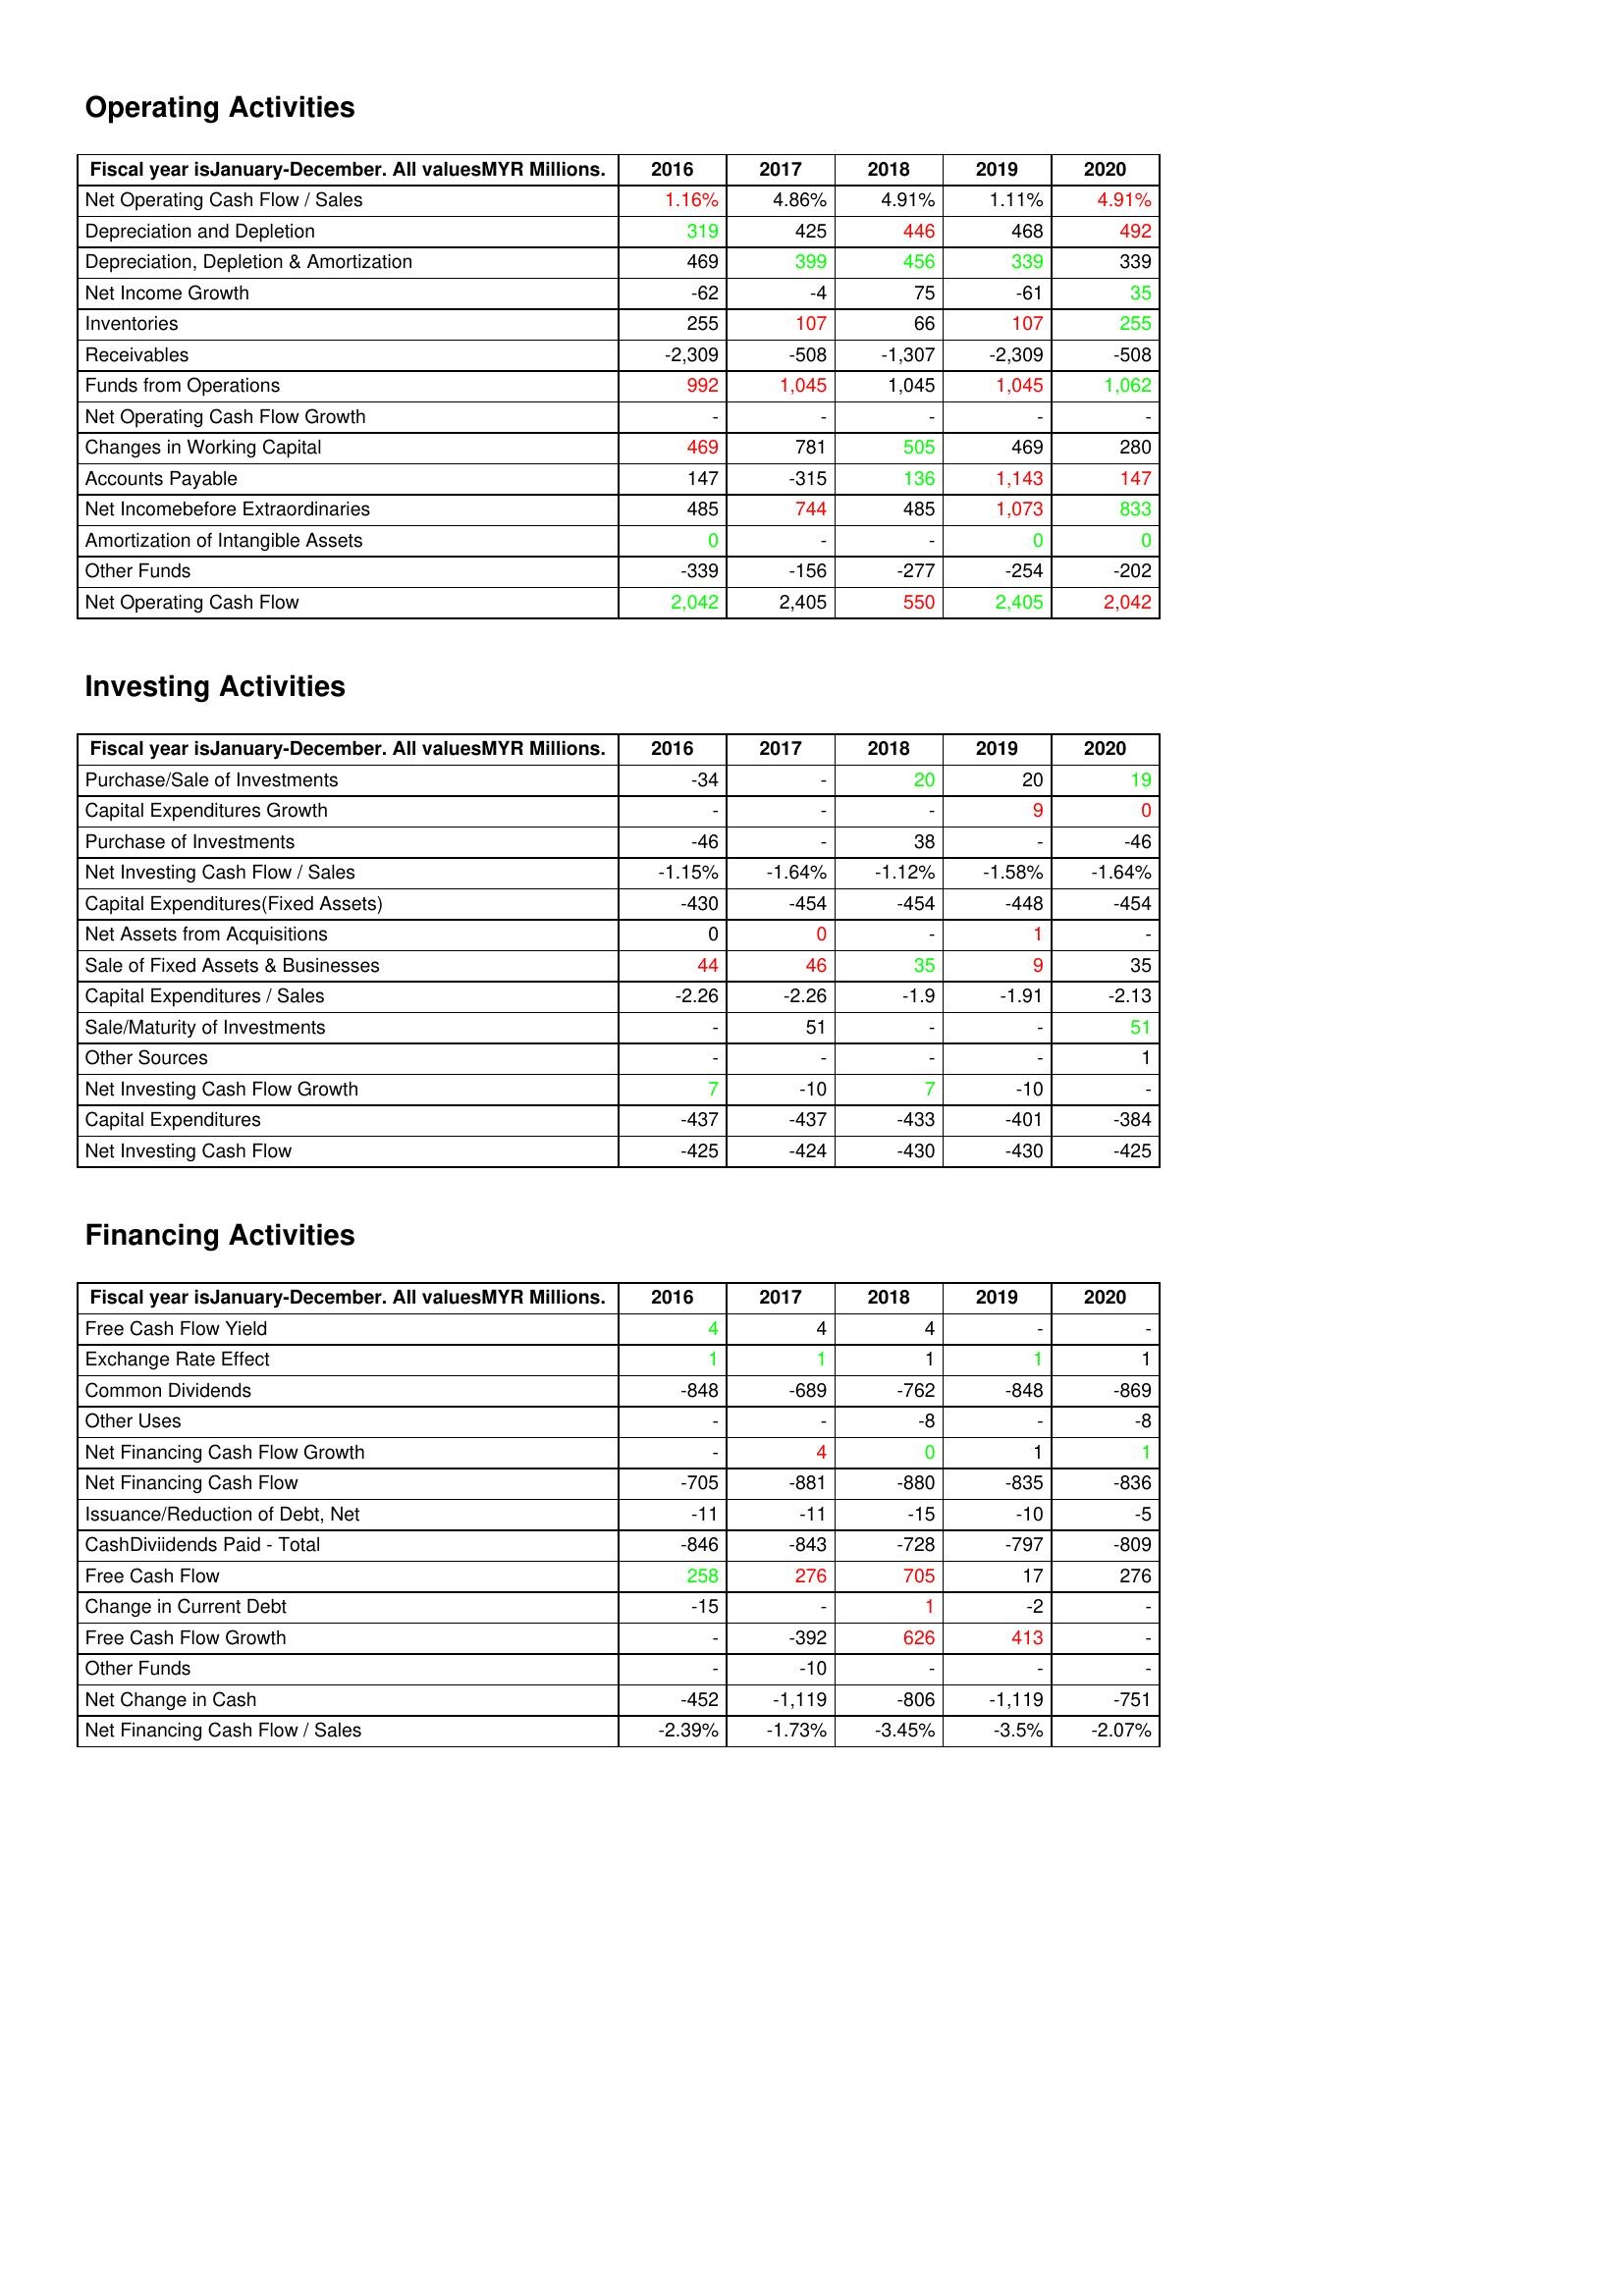
gt_parse: 2016: Operating Activities: Net Operating Cash Flow / Sales: 1.16%
Depreciation and Depletion: 319
Depreciation, Depletion & Amortization: 469
Net Income Growth: -62
Inventories: 255
Receivables: -2,309
Funds from Operations: 992
Net Operating Cash Flow Growth: -
Changes in Working Capital: 469
Accounts Payable: 147
Net Incomebefore Extraordinaries: 485
Amortization of Intangible Assets: 0
Other Funds: -339
Net Operating Cash Flow: 2,042
Investing Activities: Purchase/Sale of Investments: -34
Capital Expenditures Growth: -
Purchase of Investments: -46
Net Investing Cash Flow / Sales: -1.15%
Capital Expenditures(Fixed Assets): -430
Net Assets from Acquisitions: 0
Sale of Fixed Assets & Businesses: 44
Capital Expenditures / Sales: -2.26
Sale/Maturity of Investments: -
Other Sources: -
Net Investing Cash Flow Growth: 7
Capital Expenditures: -437
Net Investing Cash Flow: -425
Financing Activities: Free Cash Flow Yield: 4
Exchange Rate Effect: 1
Common Dividends: -848
Other Uses: -
Net Financing Cash Flow Growth: -
Net Financing Cash Flow: -705
Issuance/Reduction of Debt, Net: -11
CashDiviidends Paid - Total: -846
Free Cash Flow: 258
Change in Current Debt: -15
Free Cash Flow Growth: -
Other Funds: -
Net Change in Cash: -452
Net Financing Cash Flow / Sales: -2.39%
2017: Operating Activities: Net Operating Cash Flow / Sales: 4.86%
Depreciation and Depletion: 425
Depreciation, Depletion & Amortization: 399
Net Income Growth: -4
Inventories: 107
Receivables: -508
Funds from Operations: 1,045
Net Operating Cash Flow Growth: -
Changes in Working Capital: 781
Accounts Payable: -315
Net Incomebefore Extraordinaries: 744
Amortization of Intangible Assets: -
Other Funds: -156
Net Operating Cash Flow: 2,405
Investing Activities: Purchase/Sale of Investments: -
Capital Expenditures Growth: -
Purchase of Investments: -
Net Investing Cash Flow / Sales: -1.64%
Capital Expenditures(Fixed Assets): -454
Net Assets from Acquisitions: 0
Sale of Fixed Assets & Businesses: 46
Capital Expenditures / Sales: -2.26
Sale/Maturity of Investments: 51
Other Sources: -
Net Investing Cash Flow Growth: -10
Capital Expenditures: -437
Net Investing Cash Flow: -424
Financing Activities: Free Cash Flow Yield: 4
Exchange Rate Effect: 1
Common Dividends: -689
Other Uses: -
Net Financing Cash Flow Growth: 4
Net Financing Cash Flow: -881
Issuance/Reduction of Debt, Net: -11
CashDiviidends Paid - Total: -843
Free Cash Flow: 276
Change in Current Debt: -
Free Cash Flow Growth: -392
Other Funds: -10
Net Change in Cash: -1,119
Net Financing Cash Flow / Sales: -1.73%
2018: Operating Activities: Net Operating Cash Flow / Sales: 4.91%
Depreciation and Depletion: 446
Depreciation, Depletion & Amortization: 456
Net Income Growth: 75
Inventories: 66
Receivables: -1,307
Funds from Operations: 1,045
Net Operating Cash Flow Growth: -
Changes in Working Capital: 505
Accounts Payable: 136
Net Incomebefore Extraordinaries: 485
Amortization of Intangible Assets: -
Other Funds: -277
Net Operating Cash Flow: 550
Investing Activities: Purchase/Sale of Investments: 20
Capital Expenditures Growth: -
Purchase of Investments: 38
Net Investing Cash Flow / Sales: -1.12%
Capital Expenditures(Fixed Assets): -454
Net Assets from Acquisitions: -
Sale of Fixed Assets & Businesses: 35
Capital Expenditures / Sales: -1.9
Sale/Maturity of Investments: -
Other Sources: -
Net Investing Cash Flow Growth: 7
Capital Expenditures: -433
Net Investing Cash Flow: -430
Financing Activities: Free Cash Flow Yield: 4
Exchange Rate Effect: 1
Common Dividends: -762
Other Uses: -8
Net Financing Cash Flow Growth: 0
Net Financing Cash Flow: -880
Issuance/Reduction of Debt, Net: -15
CashDiviidends Paid - Total: -728
Free Cash Flow: 705
Change in Current Debt: 1
Free Cash Flow Growth: 626
Other Funds: -
Net Change in Cash: -806
Net Financing Cash Flow / Sales: -3.45%
2019: Operating Activities: Net Operating Cash Flow / Sales: 1.11%
Depreciation and Depletion: 468
Depreciation, Depletion & Amortization: 339
Net Income Growth: -61
Inventories: 107
Receivables: -2,309
Funds from Operations: 1,045
Net Operating Cash Flow Growth: -
Changes in Working Capital: 469
Accounts Payable: 1,143
Net Incomebefore Extraordinaries: 1,073
Amortization of Intangible Assets: 0
Other Funds: -254
Net Operating Cash Flow: 2,405
Investing Activities: Purchase/Sale of Investments: 20
Capital Expenditures Growth: 9
Purchase of Investments: -
Net Investing Cash Flow / Sales: -1.58%
Capital Expenditures(Fixed Assets): -448
Net Assets from Acquisitions: 1
Sale of Fixed Assets & Businesses: 9
Capital Expenditures / Sales: -1.91
Sale/Maturity of Investments: -
Other Sources: -
Net Investing Cash Flow Growth: -10
Capital Expenditures: -401
Net Investing Cash Flow: -430
Financing Activities: Free Cash Flow Yield: -
Exchange Rate Effect: 1
Common Dividends: -848
Other Uses: -
Net Financing Cash Flow Growth: 1
Net Financing Cash Flow: -835
Issuance/Reduction of Debt, Net: -10
CashDiviidends Paid - Total: -797
Free Cash Flow: 17
Change in Current Debt: -2
Free Cash Flow Growth: 413
Other Funds: -
Net Change in Cash: -1,119
Net Financing Cash Flow / Sales: -3.5%
2020: Operating Activities: Net Operating Cash Flow / Sales: 4.91%
Depreciation and Depletion: 492
Depreciation, Depletion & Amortization: 339
Net Income Growth: 35
Inventories: 255
Receivables: -508
Funds from Operations: 1,062
Net Operating Cash Flow Growth: -
Changes in Working Capital: 280
Accounts Payable: 147
Net Incomebefore Extraordinaries: 833
Amortization of Intangible Assets: 0
Other Funds: -202
Net Operating Cash Flow: 2,042
Investing Activities: Purchase/Sale of Investments: 19
Capital Expenditures Growth: 0
Purchase of Investments: -46
Net Investing Cash Flow / Sales: -1.64%
Capital Expenditures(Fixed Assets): -454
Net Assets from Acquisitions: -
Sale of Fixed Assets & Businesses: 35
Capital Expenditures / Sales: -2.13
Sale/Maturity of Investments: 51
Other Sources: 1
Net Investing Cash Flow Growth: -
Capital Expenditures: -384
Net Investing Cash Flow: -425
Financing Activities: Free Cash Flow Yield: -
Exchange Rate Effect: 1
Common Dividends: -869
Other Uses: -8
Net Financing Cash Flow Growth: 1
Net Financing Cash Flow: -836
Issuance/Reduction of Debt, Net: -5
CashDiviidends Paid - Total: -809
Free Cash Flow: 276
Change in Current Debt: -
Free Cash Flow Growth: -
Other Funds: -
Net Change in Cash: -751
Net Financing Cash Flow / Sales: -2.07%